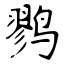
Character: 鹨